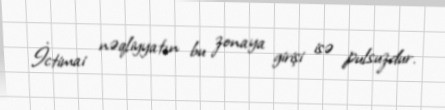
İctimai nəqliyyatın bu zonaya girişi isə pulsuzdur.